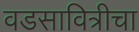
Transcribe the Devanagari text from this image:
वडसावित्रीचा